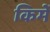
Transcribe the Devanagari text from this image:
किमें